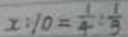
x : 1 0 = \frac { 1 } { 4 } : \frac { 1 } { 3 }